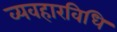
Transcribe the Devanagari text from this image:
व्यवहारविधि